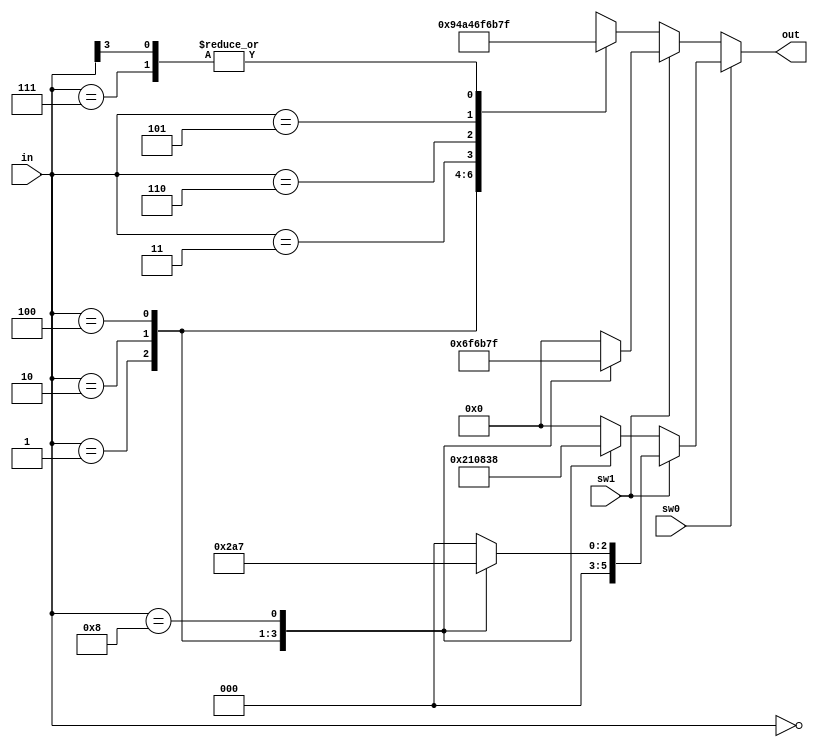
`timescale 1ns / 1ps
//////////////////////////////////////////////////////////////////////////////////
// Company: 
// Engineer: 
// 
// Design Name: 
// Module Name: leb_rgb
// Project Name: 
// Target Devices: 
// Tool Versions: 
// Description: 
// 
// Dependencies: 
// 
// Revision:
// Revision 0.01 - File Created
// Additional Comments:
// 
//////////////////////////////////////////////////////////////////////////////////


module led_rgb(
output reg [5:0] out,  
input [3:0]in,
input sw0, sw1   //sw0=0 : 2-LEDS; sw0=1 : 1-LED; 
 
);

always @(*) begin
	if (sw0) begin    // MODE 1-LED 
	if (sw1) begin  // LED 4 (RIGHT LED)
		case (in)
		 4'b0000 :  out=6'b000000; 
		 4'b0001 :  out=6'b000001; 
		 4'b0010 :  out=6'b000010; 
		 4'b0100 :  out=6'b000100; 
		 4'b1000 :  out=6'b000111; 
		default :  out=6'b000000; 
	endcase
	end
	else begin     // LED 5 (LEFT LED) 
		case (in)
		 4'b0000 :  out=6'b000000 ;
		 4'b0001 :  out=6'b001000 ;
		 4'b0010 :  out=6'b010000 ;
		 4'b0100 :  out=6'b100000 ;
		 4'b1000 :  out=6'b111000 ;
		default :  out=6'b000000 ;
	endcase
	end
	end
	else begin // MODE 2-LEDS
	if (sw1) begin   // COMBINATION COLORS
 		case (in)
		 4'b0000 :  out = 6'b000000 ;
		 4'b0001 :  out = 6'b011011 ;
		 4'b0010 :  out = 6'b110110 ;
		 4'b0100 :  out = 6'b101101 ;
		 4'b1000 :  out = 6'b111111 ;
		default :  out = 6'b000000 ;
	endcase
	end
	else begin   // SINGLE COLORS + MIXED COLORS
		casex (in)
		 4'b0000 :  out=6'b000000 ;
		 4'b0001 :  out=6'b001001 ;
		 4'b0010 :  out=6'b010010 ;
		 4'b0100 :  out=6'b100100 ;
		 4'b0011 :  out = 6'b011011 ;
         4'b0110 :  out = 6'b110110 ;
         4'b0101 :  out = 6'b101101 ;
		 4'b0111 :  out=6'b111111 ;
		 4'b1xxx :  out=6'b111111 ;
		default :  out=6'b000000 ;
	endcase
	end
	end
	end
endmodule